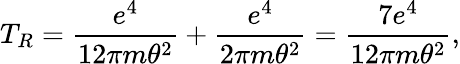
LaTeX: T_{R}=\frac{e^{4}}{12\pi m\theta^{2}}+\frac{e^{4}}{2\pi m\theta^{2}}=\frac{7e^{4}}{12\pi m\theta^{2}},